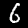
Label: 6